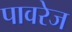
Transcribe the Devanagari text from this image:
पावरेज